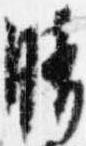
晴